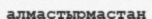
алмастырмастан